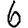
Digit: 6